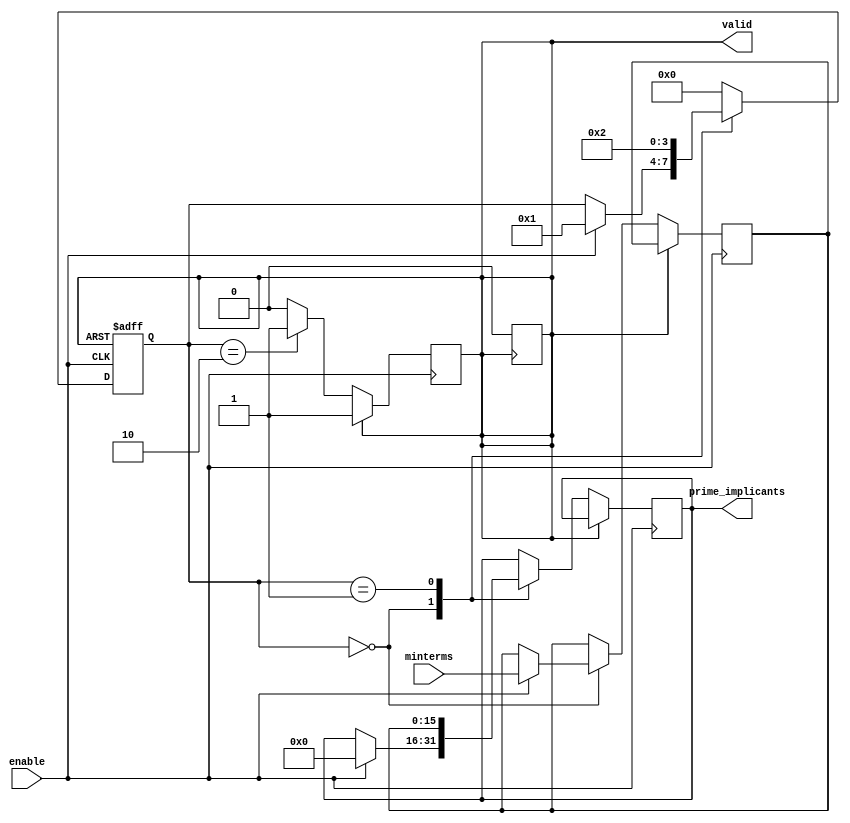
module PrimeImplicantGenerator (
    input wire [15:0] minterms,   // Input minterms (up to 16 minterms)
    input wire enable,            // Enable signal
    output reg [15:0] prime_implicants, // Output prime implicants
    output reg valid              // Valid output signal
);

    // Internal state variables
    reg [3:0] state;              // State variable for FSM
    reg [15:0] implicant_temp;    // Temporary storage for implicants
    integer i, j;                 // Loop variables

    // State definitions
    localparam IDLE = 4'b0000,
               PROCESS = 4'b0001,
               OUTPUT = 4'b0010;

    // Sequential logic for state transitions
    always @(posedge enable or posedge valid) begin
        if (valid) begin
            state <= IDLE; // Reset state on valid signal
        end else begin
            case (state)
                IDLE: begin
                    if (enable) begin
                        state <= PROCESS;
                        prime_implicants <= 16'b0; // Clear output
                        implicant_temp <= minterms; // Load minterms
                    end
                end

                PROCESS: begin
                    // Implement the logic to generate prime implicants
                    // This is a placeholder for the actual algorithm
                    // For now, just copy the input to output for demonstration
                    prime_implicants <= implicant_temp; // Example operation
                    state <= OUTPUT;
                end

                OUTPUT: begin
                    valid <= 1'b1; // Set valid output signal
                    state <= IDLE; // Go back to IDLE
                end

                default: state <= IDLE; // Default to IDLE state
            endcase
        end
    end

    // Reset valid signal after a clock cycle
    always @(posedge valid) begin
        valid <= 1'b0; // Reset valid signal after one cycle
    end

endmodule